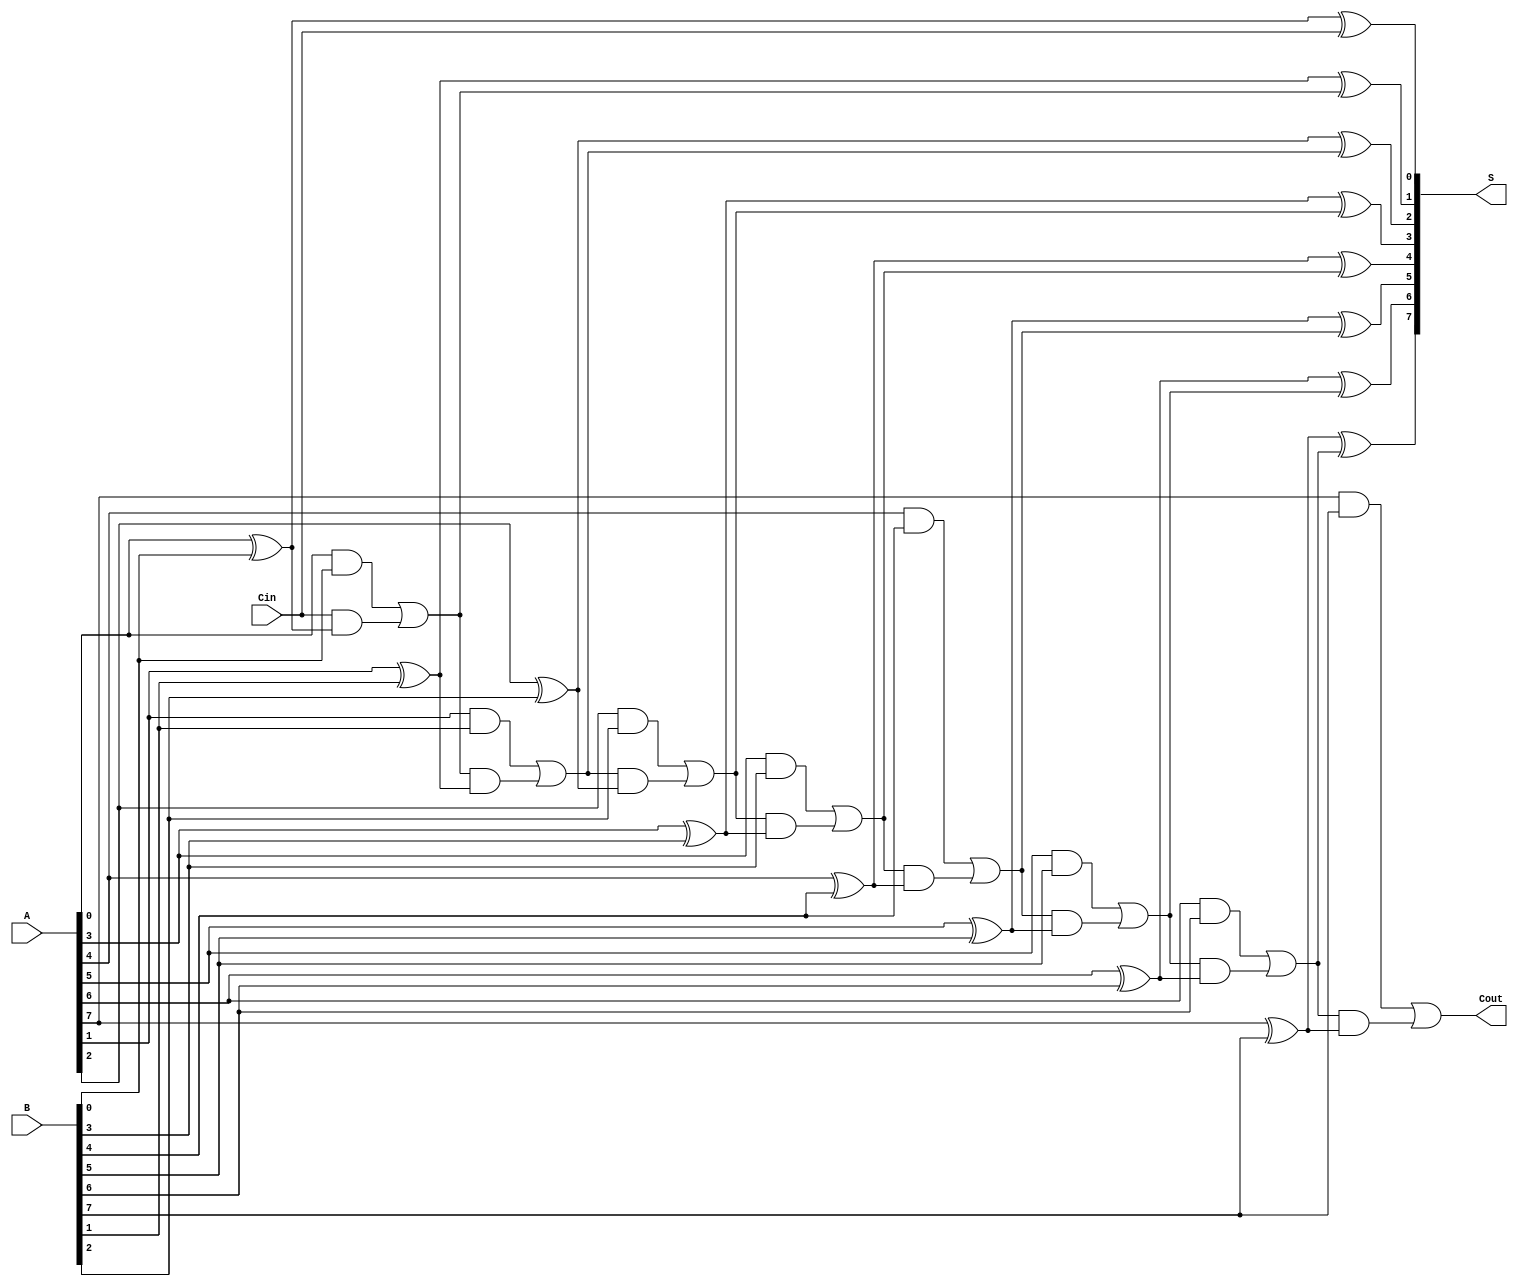
module PrecomputationCarryAdder #(parameter n = 8) (
    input [n-1:0] A,        // First n-bit input
    input [n-1:0] B,        // Second n-bit input
    input Cin,              // Carry input
    output [n-1:0] S,       // Sum output
    output Cout             // Carry output
);

    wire [n:0] C;           // Carry bits (C[0] is Cin, C[n] is Cout)

    // Generate Carry bits
    assign C[0] = Cin; // Initial carry input

    genvar i;
    generate
        for (i = 0; i < n; i = i + 1) begin : carry_generation
            // Carry generation logic
            assign C[i + 1] = (A[i] & B[i]) | (C[i] & (A[i] ^ B[i]));
        end
    endgenerate

    // Sum calculation
    generate
        for (i = 0; i < n; i = i + 1) begin : sum_generation
            assign S[i] = A[i] ^ B[i] ^ C[i]; // Sum computation
        end
    endgenerate

    // Final carry output
    assign Cout = C[n];

endmodule